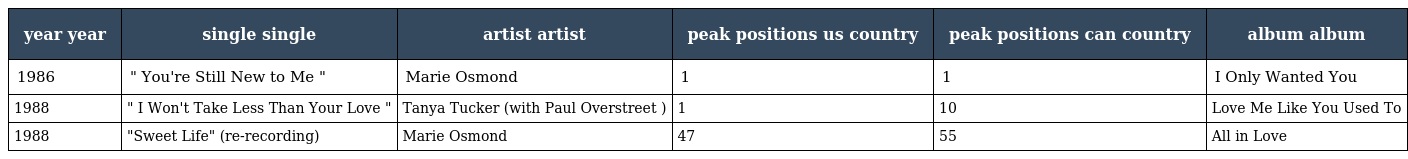
| year year | single single | artist artist | peak positions us country | peak positions can country | album album |
 | --- | --- | --- | --- | --- | --- |
 | 1986 | " You're Still New to Me " | Marie Osmond | 1 | 1 | I Only Wanted You |
 | 1988 | " I Won't Take Less Than Your Love " | Tanya Tucker (with Paul Overstreet ) | 1 | 10 | Love Me Like You Used To |
 | 1988 | "Sweet Life" (re-recording) | Marie Osmond | 47 | 55 | All in Love |